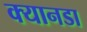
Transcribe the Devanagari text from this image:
क्यानडा